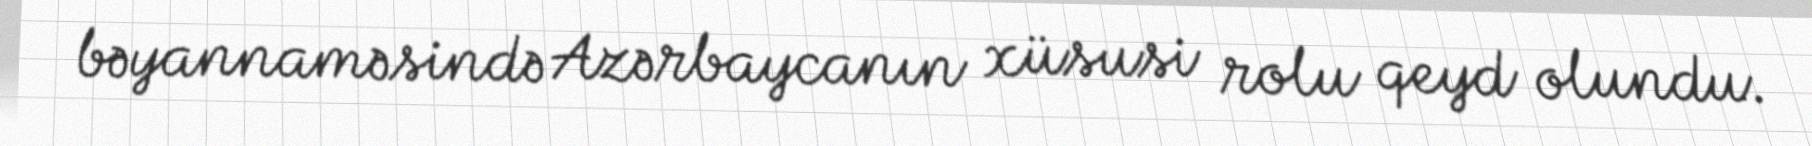
bəyannaməsində Azərbaycanın xüsusi rolu qeyd olundu.